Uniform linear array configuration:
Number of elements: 48
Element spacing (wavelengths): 0.5
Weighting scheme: uniform
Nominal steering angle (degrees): -45
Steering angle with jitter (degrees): -43.864
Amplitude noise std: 0.05
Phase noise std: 0.05

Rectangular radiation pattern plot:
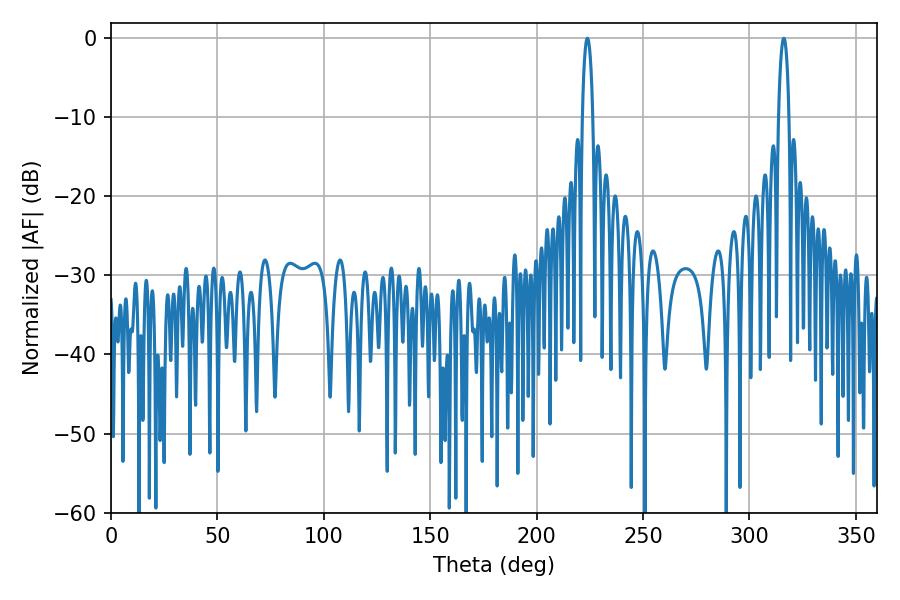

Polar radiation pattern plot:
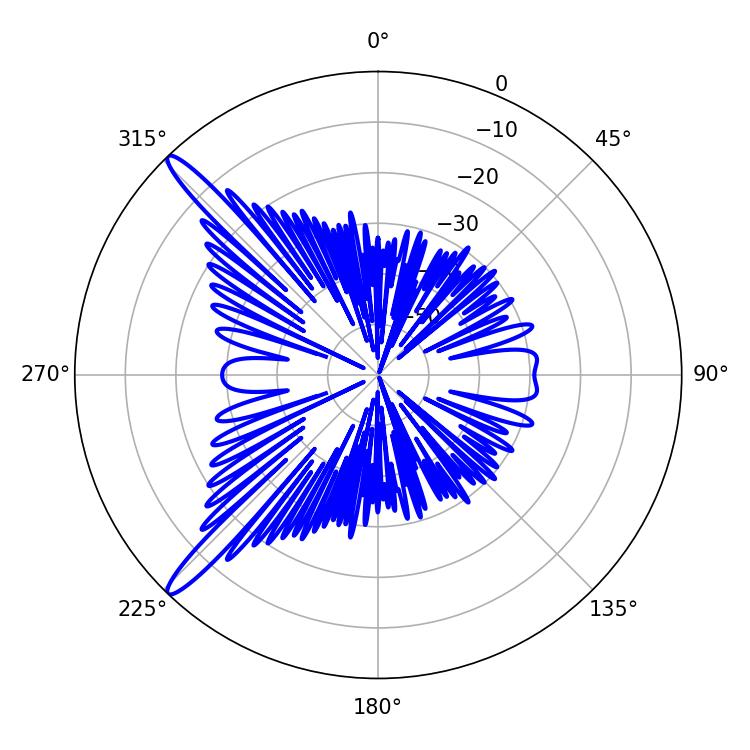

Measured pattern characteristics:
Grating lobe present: FALSE
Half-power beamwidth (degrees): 2.7
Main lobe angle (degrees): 316.08